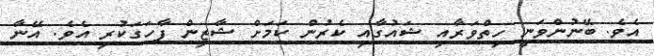
އެވެ. ބޭނުންވަނީ ހިތްވަރާއި ޝައުގާއި ކެރުން ކަމަށް ޝާޒިން ފާހަގަކުރި އެވެ. އޭނާ